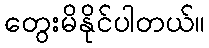
တွေးမိနိုင်ပါတယ်။